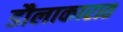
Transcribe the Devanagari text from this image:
डौलाकारात